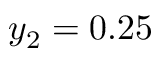
y _ { 2 } = 0 . 2 5